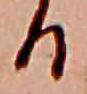
る